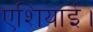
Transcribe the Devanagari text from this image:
एशियाई।